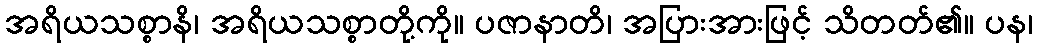
အရိယသစ္စာနိ၊ အရိယသစ္စာတို့ကို။ ပဇာနာတိ၊ အပြားအားဖြင့် သိတတ်၏။ ပန၊